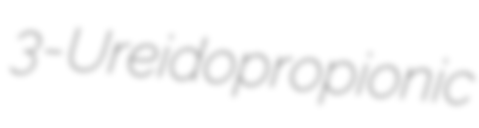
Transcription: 3-Ureidopropionic